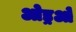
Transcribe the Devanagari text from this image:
ओड्रओं